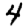
Digit: 4